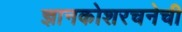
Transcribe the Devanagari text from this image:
ज्ञानकोशरचनेची